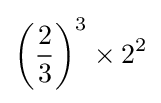
\left({\frac {2}{3}}\right)^{3}\times 2^{2}